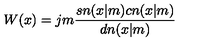
W ( x ) = j m { \frac { s n ( x | m ) c n ( x | m ) } { d n ( x | m ) } }